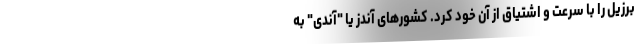
برزیل را با سرعت و اشتیاق از آن خود کرد. کشورهای آندز یا "آندی" به